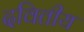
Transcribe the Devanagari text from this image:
दवितीय